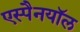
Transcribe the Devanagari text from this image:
एस्पैनयॉल